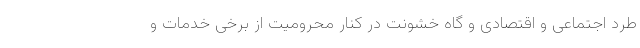
طرد اجتماعی و اقتصادی و گاه خشونت در کنار محرومیت از برخی خدمات و